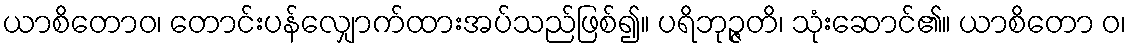
ယာစိတောဝ၊ တောင်းပန်လျှောက်ထားအပ်သည်ဖြစ်၍။ ပရိဘုဉ္ဇတိ၊ သုံးဆောင်၏။ ယာစိတော ဝ၊